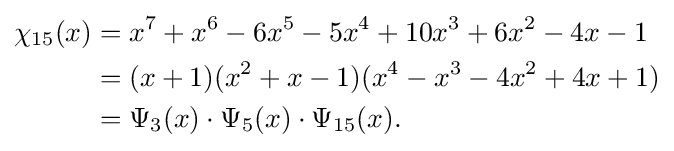
{\begin{aligned}\chi _{15}(x)&=x^{7}+x^{6}-6x^{5}-5x^{4}+10x^{3}+6x^{2}-4x-1\\&=(x+1)(x^{2}+x-1)(x^{4}-x^{3}-4x^{2}+4x+1)\\&=\Psi _{3}(x)\cdot \Psi _{5}(x)\cdot \Psi _{15}(x).\end{aligned}}